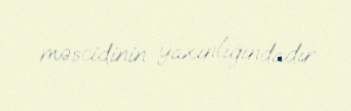
məscidinin yaxınlığındadır.